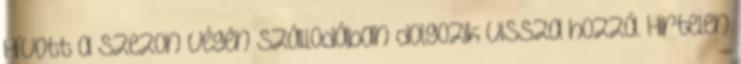
Hívott a szezon végén szállodában dolgozik vissza hozzá. Hirtelen